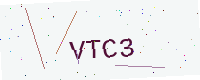
Text: VTC3